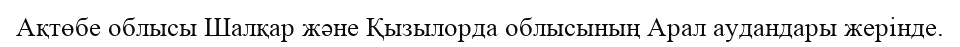
Ақтөбе облысы Шалқар және Қызылорда облысының Арал аудандары жерінде.